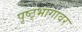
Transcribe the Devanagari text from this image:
पृष्ठ्भागावर